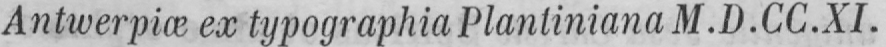
Antwerpiœ ex typographia Planliniana M.D.CC.XI.